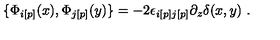
\{ { \Phi } _ { i [ p ] } ( x ) , { \Phi } _ { j [ p ] } ( y ) \} = - 2 { \epsilon } _ { i [ p ] j [ p ] } \partial _ { z } { \delta } ( x , y ) \ .